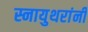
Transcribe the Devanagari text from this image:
स्नायुथरांनी